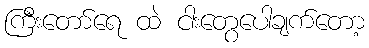
ကြီးတော်ရေ ထဲ ငါးတွေပေါချက်တော့